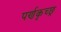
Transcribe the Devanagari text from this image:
पर्णकृच्छ्र